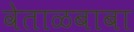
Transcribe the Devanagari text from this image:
वेताळबाबा